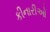
કીનારીઓ